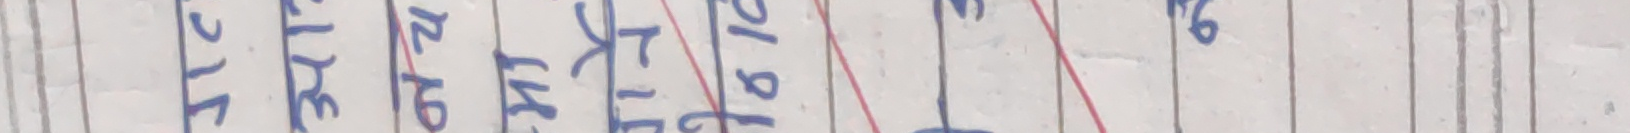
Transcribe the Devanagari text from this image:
ज्या. वि. अ